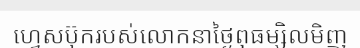
ហ្វេសប៊ុករបស់លោកនាថ្ងៃពុធម្សិលមិញ